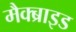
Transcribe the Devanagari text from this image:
मैक्ब्राइड